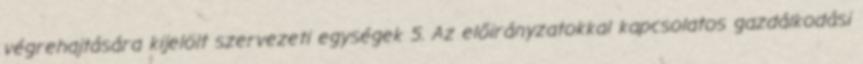
végrehajtására kijelölt szervezeti egységek 5. Az előirányzatokkal kapcsolatos gazdálkodási